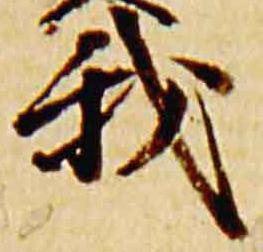
我